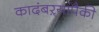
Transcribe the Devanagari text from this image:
कादंबऱ्यांपैकी